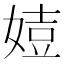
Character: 㛸